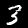
Digit: 3